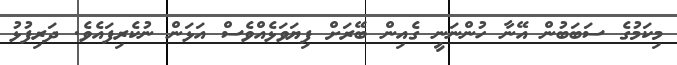
މިކަމުގެ ސަބަބުން އޭނާ ހުންނަނީ ގެއިން ބޭރަށް ފިޔަވަޅެއްވެސް އަޅަން ނުކެރިފައެވެ. ދަރިފުޅު